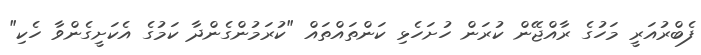
ފެބްރުއަރީ މަހުގެ ރާއްޖޭން ކުރަން ހުށަހެޅި ކަންތައްތައް "ކުރަމުންގެންދާ ކަމުގެ އެކަށީގެންވާ ހެކި"